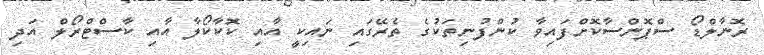
ރޮނާލްޑޯ ސްޕޮންސާކޮށްފައިވާ ކުންފުނިތަކުގެ ތެރޭގައި ނައިކީ އާއި ކޮކާކޯލާ އާއި ކާސްޓްރޯލް އަދި